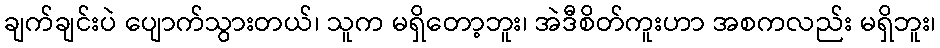
ချက်ချင်းပဲ ပျောက်သွားတယ်၊ သူက မရှိတော့ဘူး၊ အဲဒီစိတ်ကူးဟာ အစကလည်း မရှိဘူး၊